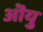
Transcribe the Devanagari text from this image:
ऒयु